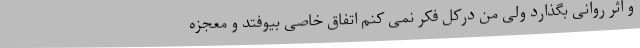
و اثر روانی بگذارد ولی من درکل فکر نمی کنم اتفاق خاصی بیوفتد و معجزه